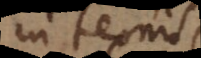
in ternis,